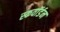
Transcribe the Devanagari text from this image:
स्कवाॅर्डन